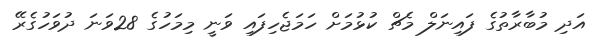
އަދި މުބާރާތުގެ ފައިނަލް މެޗް ކުޅުމަށް ހަމަޖެހިފައި ވަނީ މިމަހުގެ 28ވަނަ ދުވަހުގެރޭ